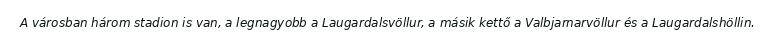
A városban három stadion is van, a legnagyobb a Laugardalsvöllur, a másik kettő a Valbjarnarvöllur és a Laugardalshöllin.